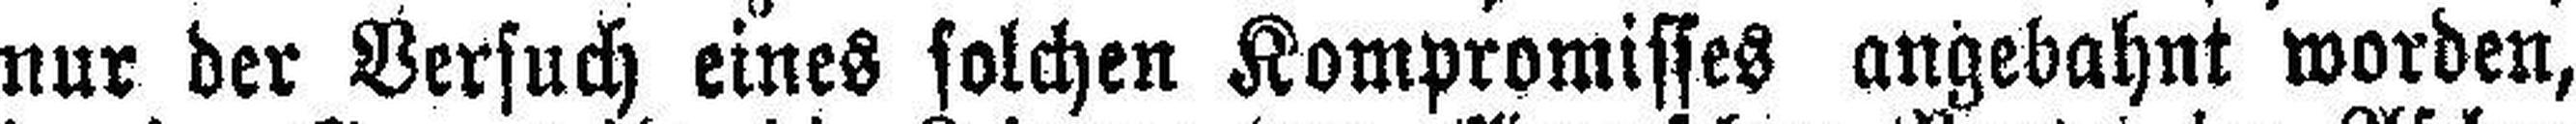
nur der Versuch eines solchen Kompromisses angebahnt worden,